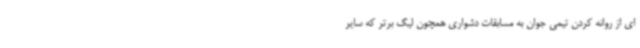
ای از روانه کردن تیمی جوان به مسابقات دشواری همچون لیگ برتر که سایر